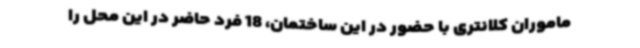
ماموران کلانتری با حضور در این ساختمان، 18 فرد حاضر در این محل را